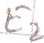
Text: E2